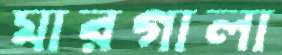
মারগালা